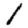
Digit: 1